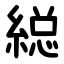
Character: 縂